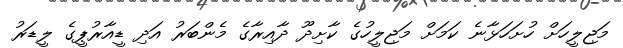
މަޖިލީހަށް ހުށަހަޅާނެ ކަމަށް މަޖިލީހުގެ ކާށިދޫ ދާއިރާގެ މެންބަރު އަދި ޑީއާރުޕީގެ ލީޑަރު